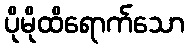
ပိုမိုထိရောက်သော